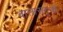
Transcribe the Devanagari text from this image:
बालासगूनी